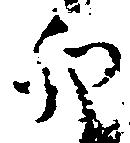
卯